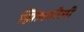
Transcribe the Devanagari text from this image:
झिलमीली